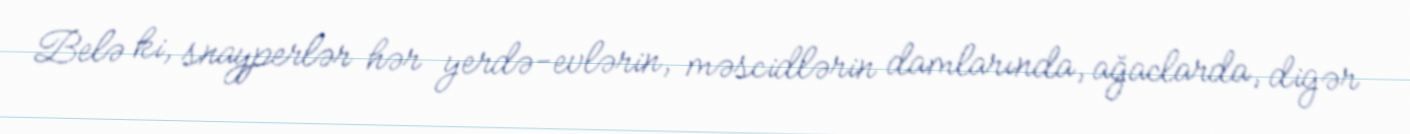
Belə ki, snayperlər hər yerdə-evlərin, məscidlərin damlarında, ağaclarda, digər